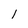
Character: l